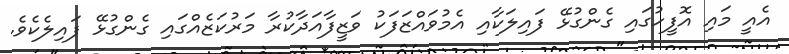
އެއީ މައި އޮފީހުގައި ގެންގުޅޭ ފައިލަކާއި އެމުވައްޒަފަކު ވަޒީފާއަދާކުރާ މަރުކަޒެއްގައި ގެންގުޅޭ ފައިލެކެވެ.